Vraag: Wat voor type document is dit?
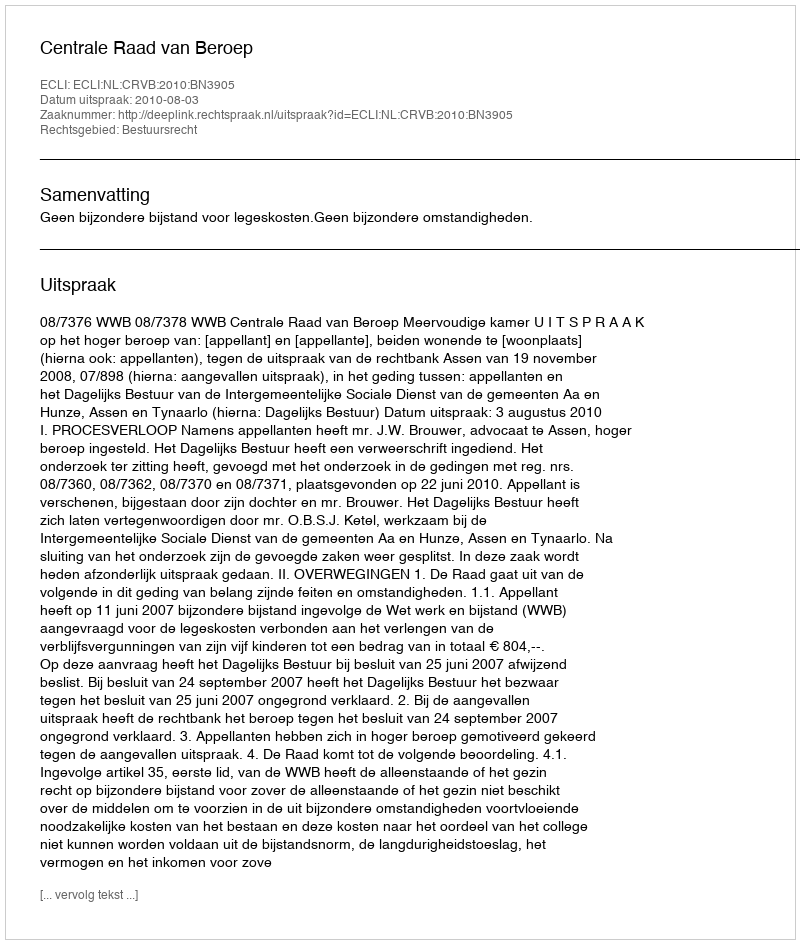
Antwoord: Uitspraak